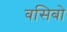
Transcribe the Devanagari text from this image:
बसिबो